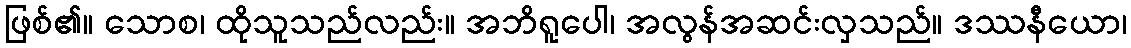
ဖြစ်၏။ သောစ၊ ထိုသူသည်လည်း။ အဘိရူပေါ၊ အလွန်အဆင်းလှသည်။ ဒဿနီယော၊